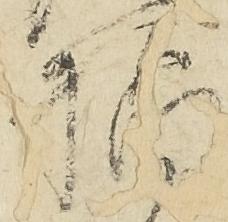
橋